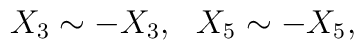
X_{3} \sim -X_{3}, \ \ X_{5} \sim -X_{5},